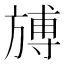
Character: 𣄎